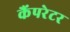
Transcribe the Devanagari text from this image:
कैंपरेटर